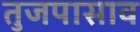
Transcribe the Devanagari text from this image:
तुजपासाव